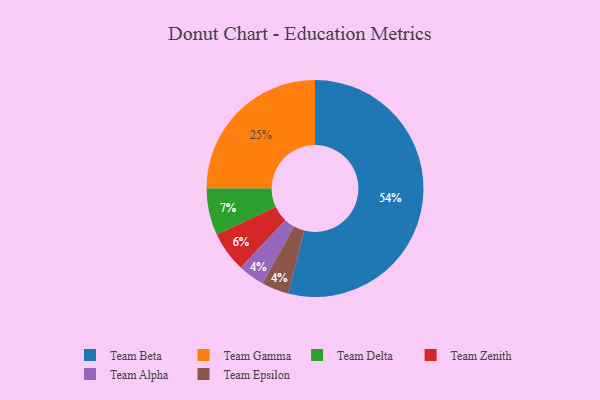
{"axis": {"x": "Category", "y": "Percentage"}, "legend": ["Team Alpha", "Team Beta", "Team Delta", "Team Epsilon", "Team Gamma", "Team Zenith"], "data": [{"x": "Team Alpha", "y": 4, "type": "Team Alpha"}, {"x": "Team Zenith", "y": 6, "type": "Team Zenith"}, {"x": "Team Epsilon", "y": 4, "type": "Team Epsilon"}, {"x": "Team Beta", "y": 54, "type": "Team Beta"}, {"x": "Team Gamma", "y": 25, "type": "Team Gamma"}, {"x": "Team Delta", "y": 7, "type": "Team Delta"}]}